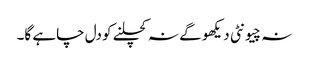
نہ چیونٹی دیکھو گے نہ کچلنے کو دل چاہے گا۔